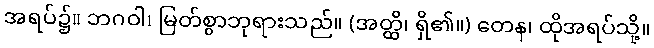
အရပ်၌။ ဘဂဝါ၊ မြတ်စွာဘုရားသည်။ (အတ္ထိ၊ ရှိ၏။) တေန၊ ထိုအရပ်သို့။